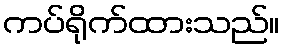
ကပ်ရိုက်ထားသည်။